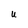
Character: u